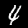
Label: 4